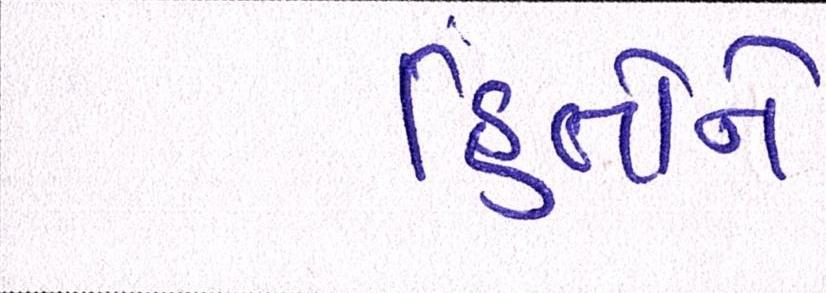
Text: હિતોને